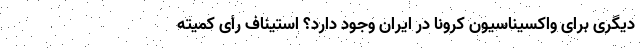
دیگری برای واکسیناسیون کرونا در ایران وجود دارد؟ استیناف رأی کمیته